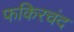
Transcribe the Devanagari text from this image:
फकिरचंद